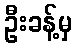
ဦးခန့်မှ